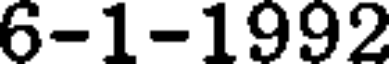
6-1-1992